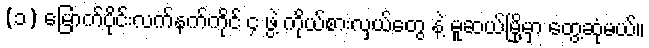
(၁) မြောက်ပိုင်းလက်နက်ကိုင် ၄ ဖွဲ့ ကိုယ်စားလှယ်တွေ နဲ့ မူဆယ်မြို့မှာ တွေ့ဆုံမယ်။